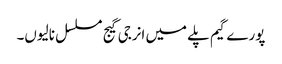
پورے گیم پلے میں انرجی گیج مسلسل نالیوں۔